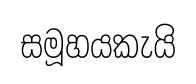
සමූහයකැයි